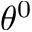
\theta ^ { 0 }